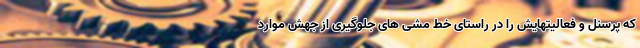
که پرسنل و فعالیتهایش را در راستای خط مشی های جلوگیری از جهش موارد